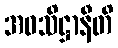
အဝသိဋ္ဌာနီတိ